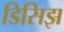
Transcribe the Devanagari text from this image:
डिसिझ